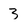
Character: 3